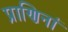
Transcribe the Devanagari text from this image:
प्राणिनां